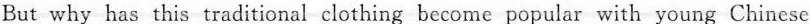
But why has this traditional clothing become popular with young Chinese